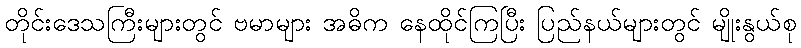
တိုင်းဒေသကြီးများတွင် ဗမာများ အဓိက နေထိုင်ကြပြီး ပြည်နယ်များတွင် မျိုးနွယ်စု